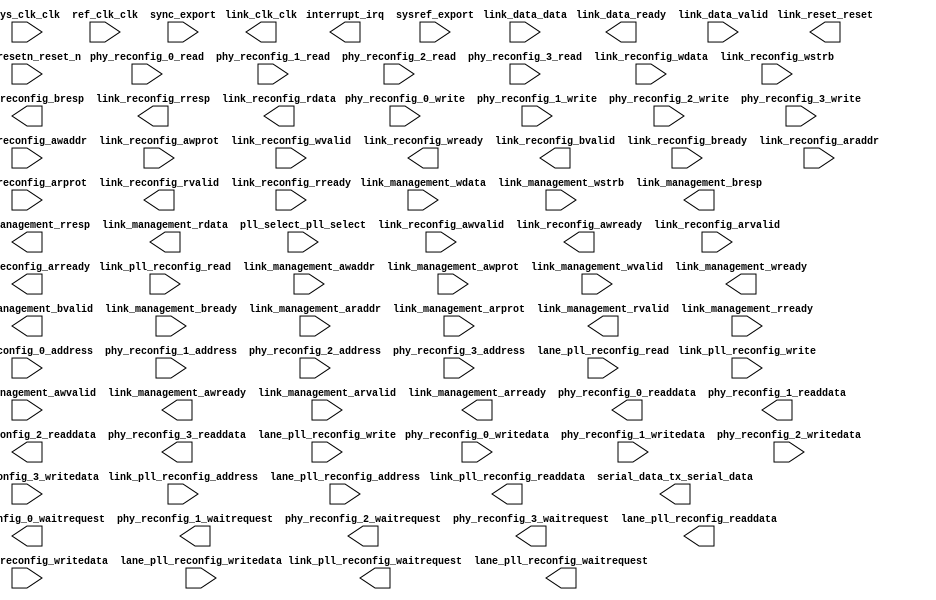
module ad9144_jesd204 (
		input  wire         sys_clk_clk,                   //           sys_clk.clk
		input  wire         sys_resetn_reset_n,            //        sys_resetn.reset_n
		input  wire         ref_clk_clk,                   //           ref_clk.clk
		input  wire         link_pll_reconfig_write,       // link_pll_reconfig.write
		input  wire         link_pll_reconfig_read,        //                  .read
		input  wire [9:0]   link_pll_reconfig_address,     //                  .address
		input  wire [31:0]  link_pll_reconfig_writedata,   //                  .writedata
		output wire [31:0]  link_pll_reconfig_readdata,    //                  .readdata
		output wire         link_pll_reconfig_waitrequest, //                  .waitrequest
		output wire         link_clk_clk,                  //          link_clk.clk
		output wire         link_reset_reset,              //        link_reset.reset
		input  wire         link_management_awvalid,       //   link_management.awvalid
		input  wire [11:0]  link_management_awaddr,        //                  .awaddr
		input  wire [2:0]   link_management_awprot,        //                  .awprot
		output wire         link_management_awready,       //                  .awready
		input  wire         link_management_wvalid,        //                  .wvalid
		input  wire [31:0]  link_management_wdata,         //                  .wdata
		input  wire [3:0]   link_management_wstrb,         //                  .wstrb
		output wire         link_management_wready,        //                  .wready
		output wire         link_management_bvalid,        //                  .bvalid
		output wire [1:0]   link_management_bresp,         //                  .bresp
		input  wire         link_management_bready,        //                  .bready
		input  wire         link_management_arvalid,       //                  .arvalid
		input  wire [11:0]  link_management_araddr,        //                  .araddr
		input  wire [2:0]   link_management_arprot,        //                  .arprot
		output wire         link_management_arready,       //                  .arready
		output wire         link_management_rvalid,        //                  .rvalid
		output wire [1:0]   link_management_rresp,         //                  .rresp
		output wire [31:0]  link_management_rdata,         //                  .rdata
		input  wire         link_management_rready,        //                  .rready
		input  wire [0:0]   pll_select_pll_select,         //        pll_select.pll_select
		output wire [3:0]   serial_data_tx_serial_data,    //       serial_data.tx_serial_data
		input  wire [9:0]   phy_reconfig_0_address,        //    phy_reconfig_0.address
		input  wire         phy_reconfig_0_read,           //                  .read
		output wire [31:0]  phy_reconfig_0_readdata,       //                  .readdata
		output wire         phy_reconfig_0_waitrequest,    //                  .waitrequest
		input  wire         phy_reconfig_0_write,          //                  .write
		input  wire [31:0]  phy_reconfig_0_writedata,      //                  .writedata
		input  wire [9:0]   phy_reconfig_1_address,        //    phy_reconfig_1.address
		input  wire         phy_reconfig_1_read,           //                  .read
		output wire [31:0]  phy_reconfig_1_readdata,       //                  .readdata
		output wire         phy_reconfig_1_waitrequest,    //                  .waitrequest
		input  wire         phy_reconfig_1_write,          //                  .write
		input  wire [31:0]  phy_reconfig_1_writedata,      //                  .writedata
		input  wire [9:0]   phy_reconfig_2_address,        //    phy_reconfig_2.address
		input  wire         phy_reconfig_2_read,           //                  .read
		output wire [31:0]  phy_reconfig_2_readdata,       //                  .readdata
		output wire         phy_reconfig_2_waitrequest,    //                  .waitrequest
		input  wire         phy_reconfig_2_write,          //                  .write
		input  wire [31:0]  phy_reconfig_2_writedata,      //                  .writedata
		input  wire [9:0]   phy_reconfig_3_address,        //    phy_reconfig_3.address
		input  wire         phy_reconfig_3_read,           //                  .read
		output wire [31:0]  phy_reconfig_3_readdata,       //                  .readdata
		output wire         phy_reconfig_3_waitrequest,    //                  .waitrequest
		input  wire         phy_reconfig_3_write,          //                  .write
		input  wire [31:0]  phy_reconfig_3_writedata,      //                  .writedata
		input  wire         lane_pll_reconfig_write,       // lane_pll_reconfig.write
		input  wire         lane_pll_reconfig_read,        //                  .read
		input  wire [9:0]   lane_pll_reconfig_address,     //                  .address
		input  wire [31:0]  lane_pll_reconfig_writedata,   //                  .writedata
		output wire [31:0]  lane_pll_reconfig_readdata,    //                  .readdata
		output wire         lane_pll_reconfig_waitrequest, //                  .waitrequest
		input  wire         link_reconfig_awvalid,         //     link_reconfig.awvalid
		input  wire [13:0]  link_reconfig_awaddr,          //                  .awaddr
		input  wire [2:0]   link_reconfig_awprot,          //                  .awprot
		output wire         link_reconfig_awready,         //                  .awready
		input  wire         link_reconfig_wvalid,          //                  .wvalid
		input  wire [31:0]  link_reconfig_wdata,           //                  .wdata
		input  wire [3:0]   link_reconfig_wstrb,           //                  .wstrb
		output wire         link_reconfig_wready,          //                  .wready
		output wire         link_reconfig_bvalid,          //                  .bvalid
		output wire [1:0]   link_reconfig_bresp,           //                  .bresp
		input  wire         link_reconfig_bready,          //                  .bready
		input  wire         link_reconfig_arvalid,         //                  .arvalid
		input  wire [13:0]  link_reconfig_araddr,          //                  .araddr
		input  wire [2:0]   link_reconfig_arprot,          //                  .arprot
		output wire         link_reconfig_arready,         //                  .arready
		output wire         link_reconfig_rvalid,          //                  .rvalid
		output wire [1:0]   link_reconfig_rresp,           //                  .rresp
		output wire [31:0]  link_reconfig_rdata,           //                  .rdata
		input  wire         link_reconfig_rready,          //                  .rready
		output wire         interrupt_irq,                 //         interrupt.irq
		input  wire         sysref_export,                 //            sysref.export
		input  wire         sync_export,                   //              sync.export
		input  wire [127:0] link_data_data,                //         link_data.data
		output wire         link_data_ready,               //                  .ready
		input  wire         link_data_valid                //                  .valid
	);
endmodule